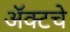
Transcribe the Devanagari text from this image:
ॲक्टचे